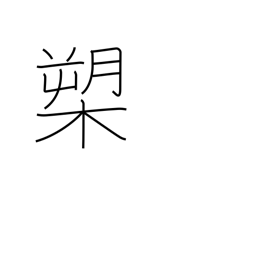
Meaning: halberd